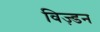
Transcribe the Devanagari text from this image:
विज़्डन